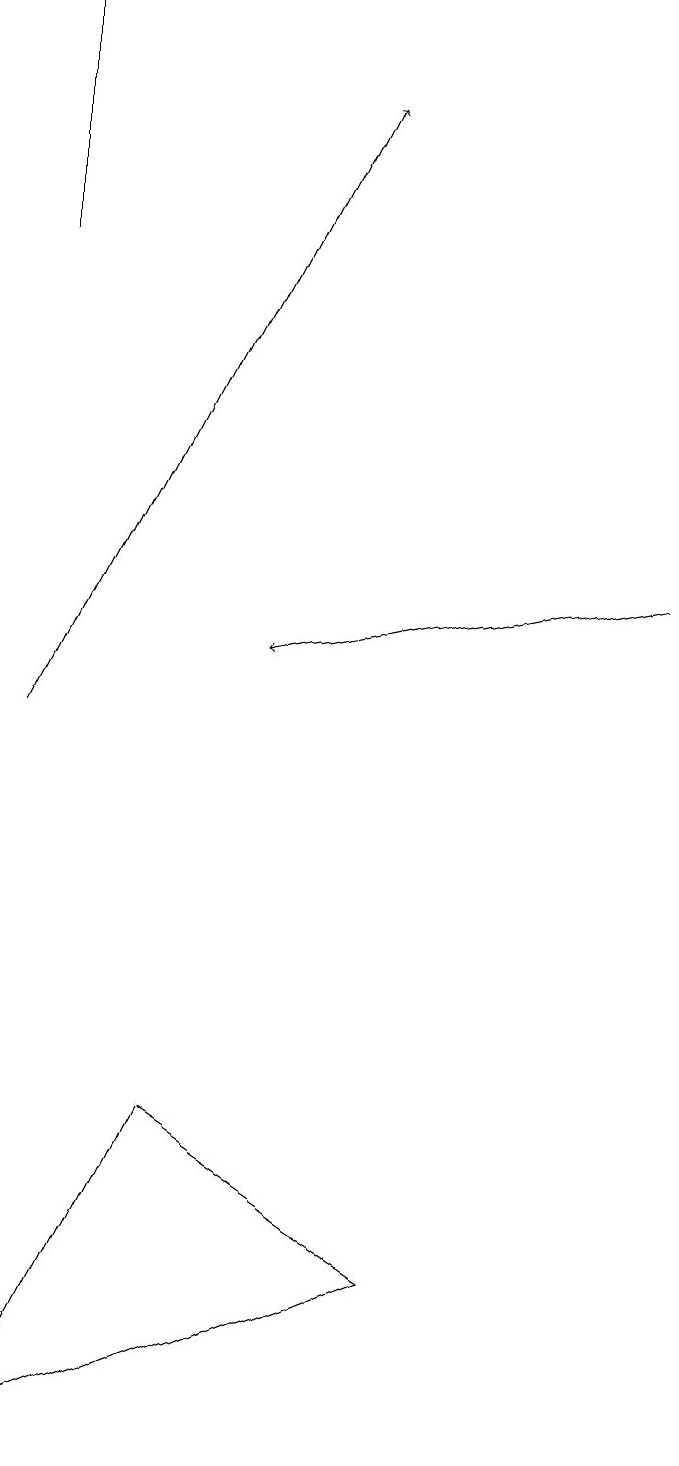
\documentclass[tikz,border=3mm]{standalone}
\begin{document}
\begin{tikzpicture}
\draw[->] (8,12) -- (3,11);
\draw (0,16) rectangle (0,19);
\draw[->] (0,10) -- (4,18);
\draw (5,3) -- (2,5) -- (0,1) -- cycle;
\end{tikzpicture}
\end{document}